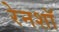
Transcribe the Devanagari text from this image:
रेनशॉ